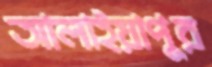
আলাইয়াপুর